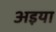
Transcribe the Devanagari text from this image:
अइया